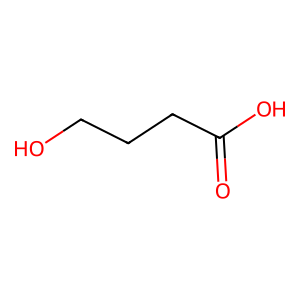
SMILES: O=C(O)CCCO
Inhibits HIV replication: No